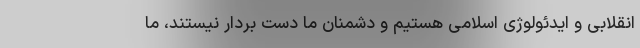
انقلابی و ایدئولوژی اسلامی هستیم و دشمنان ما دست بردار نیستند، ما